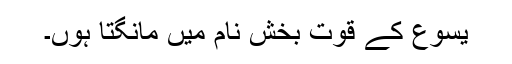
یسُوع کے قوت بخش نام میں مانگتا ہوں۔